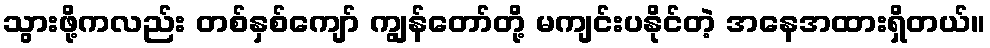
သွားဖို့ကလည်း တစ်နှစ်ကျော် ကျွန်တော်တို့ မကျင်းပနိုင်တဲ့ အနေအထားရှိတယ်။